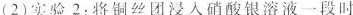
(2)实验2：将铜丝团浸入硝酸银溶液一段时